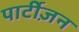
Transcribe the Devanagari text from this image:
पार्टीज़न